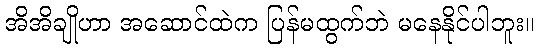
အိအိချိုဟာ အဆောင်ထဲက ပြန်မထွက်ဘဲ မနေနိုင်ပါဘူး။